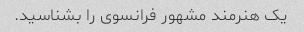
یک هنرمند مشهور فرانسوی را بشناسید.